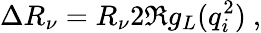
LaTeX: \Delta R_{\nu}=R_{\nu}2\Re{g_{L}(q_{i}^{2})}~,